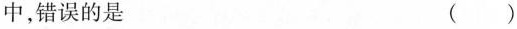
中，错误的是 ( )